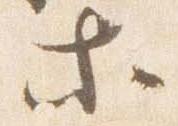
等